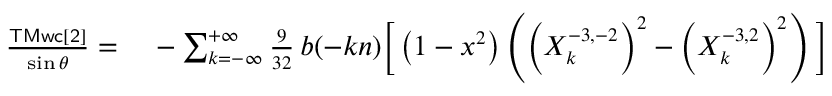
\small \begin{array} { r l } { \frac { \sf T M w c [ 2 ] } { \sin \theta } = } & { { } - \sum _ { k = - \infty } ^ { + \infty } \frac { 9 } { 3 2 } \, b ( - k n ) \bigg [ \left( 1 - x ^ { 2 } \right) \left( \left( X _ { k } ^ { - 3 , - 2 } \right) ^ { 2 } - \left( X _ { k } ^ { - 3 , 2 } \right) ^ { 2 } \right) \bigg ] } \end{array}